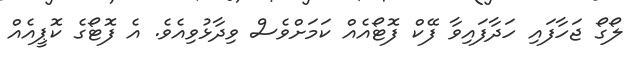
ލޯގޯ ޖަހާފައި ހަދާފައިވާ ފޭކް ފޮޓޯއެއް ކަމަށްވެސް ވިދާޅުވިއެވެ. އެ ފޮޓޯގެ ކޮޕީއެއް